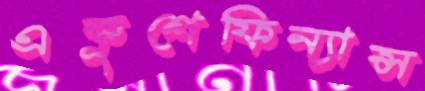
একুশেফিন্যান্স